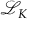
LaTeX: { \mathcal { L } } _ { K }